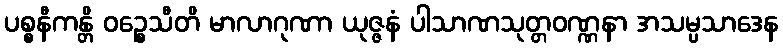
ပစ္စနီကန္တိ ဝဉ္စေသီတိ မာလာဂုဏာ ယုဇ္ဇနံ ပါသာဏသုတ္တဝဏ္ဏနာ အသမ္ပသာဒေန